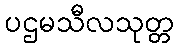
ပဌမသီလသုတ္တ